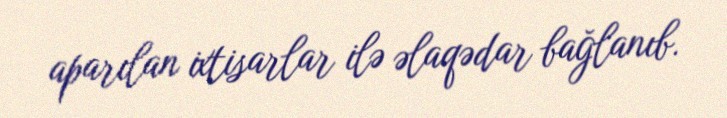
aparılan ixtisarlar ilə əlaqədar bağlanıb.